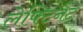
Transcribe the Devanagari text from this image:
लेफ्टिनैंट